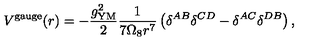
{ V } ^ { \mathrm { g a u g e } } ( r ) = - \frac { g _ { \mathrm { Y M } } ^ { 2 } } { 2 } \frac { 1 } { 7 \Omega _ { 8 } r ^ { 7 } } \left( \delta ^ { A B } \delta ^ { C D } - \delta ^ { A C } \delta ^ { D B } \right) ,